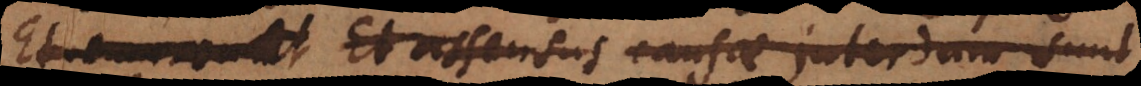
. Et assensus causae interdum sun